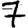
Digit: 7